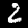
Digit: 2